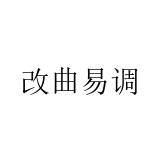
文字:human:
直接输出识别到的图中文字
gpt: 改曲易调